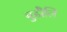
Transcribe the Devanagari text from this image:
बुढौलि